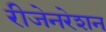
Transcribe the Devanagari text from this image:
रीजेनरेशन